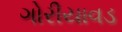
ગોરીયાવડ